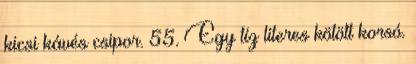
kicsi kávés csipor. 55. Egy tíz literes kötött korsó.